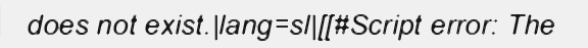
does not exist.|lang=sl|[[#Script error: The